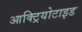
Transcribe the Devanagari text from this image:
आक्ट्रियोटाइड